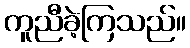
ကူညီခဲ့ကြသည်။